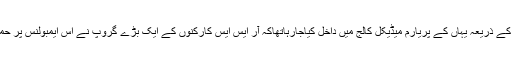
حملہ میں ایک مریض کو ایمبولنس کے ذریعہ یہاں کے پریارم میڈیکل کالج میں داخل کیاجارہاتھاکہ آر ایس ایس کارکنوں کے ایک بڑے گروپ نے اس ایمبولنس پر حملہ کیا اور ڈرائیور کو زخمی کردیا۔